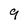
Character: 9